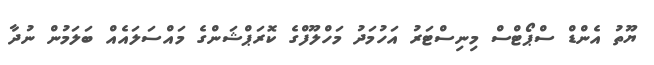
ޔޫތު އެންޑް ސްޕޯޓްސް މިނިސްޓަރު އަހުމަދު މަހްލޫފްގެ ކޮރަޕްޝަންގެ މައްސަލައެއް ބަލަމުން ނުދާ